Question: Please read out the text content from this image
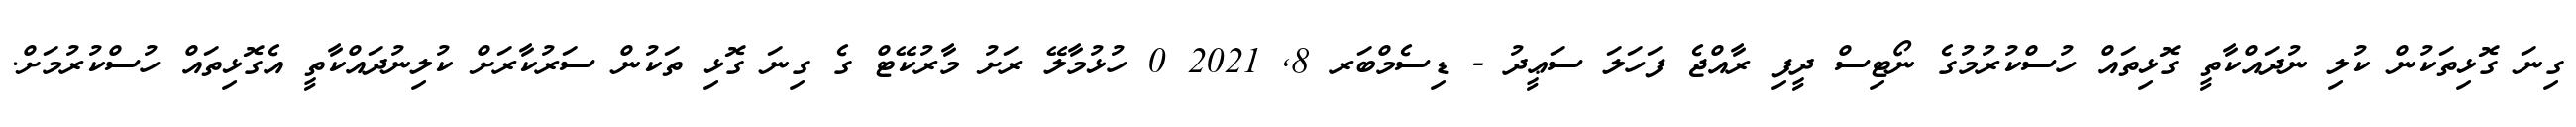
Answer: ގިނަ ގޮޅިތަކުން ކުލި ނުދައްކާތީ ގޮޅިތައް ހުސްކުރުމުގެ ނޯޓިސް ދީފި ރާއްޖެ ފަހަލަ ސަޢީދު - ޑިސެމްބަރ 8, 2021 0 ހުޅުމާލޭ ރަށު މާރުކޭޓް ގެ ގިނަ ގޮޅި ތަކުން ސަރުކާރަށް ކުލިނުދައްކާތީ އެގޮޅިތައް ހުސްކުރުމަށް.